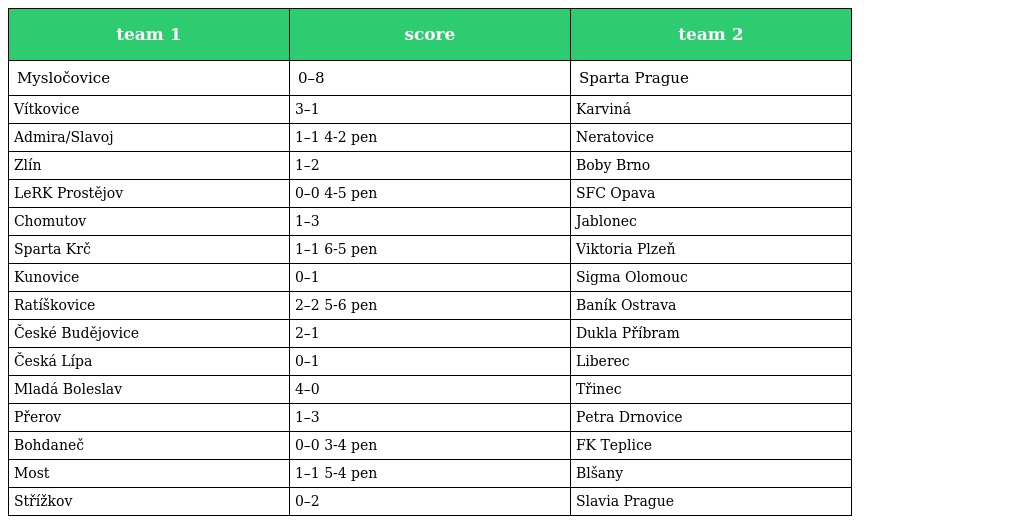
| team 1 | score | team 2 |
 | --- | --- | --- |
 | Mysločovice | 0–8 | Sparta Prague |
 | Vítkovice | 3–1 | Karviná |
 | Admira/Slavoj | 1–1 4-2 pen | Neratovice |
 | Zlín | 1–2 | Boby Brno |
 | LeRK Prostějov | 0–0 4-5 pen | SFC Opava |
 | Chomutov | 1–3 | Jablonec |
 | Sparta Krč | 1–1 6-5 pen | Viktoria Plzeň |
 | Kunovice | 0–1 | Sigma Olomouc |
 | Ratíškovice | 2–2 5-6 pen | Baník Ostrava |
 | České Budějovice | 2–1 | Dukla Příbram |
 | Česká Lípa | 0–1 | Liberec |
 | Mladá Boleslav | 4–0 | Třinec |
 | Přerov | 1–3 | Petra Drnovice |
 | Bohdaneč | 0–0 3-4 pen | FK Teplice |
 | Most | 1–1 5-4 pen | Blšany |
 | Střížkov | 0–2 | Slavia Prague |